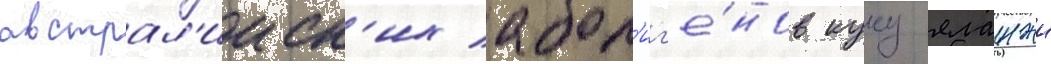
австрал'ииск'их абор'иг'е́нов куку яланжи